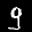
Label: 9